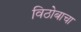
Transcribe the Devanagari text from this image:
विठोबाचा